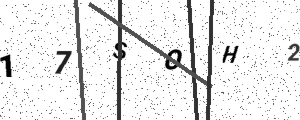
Text: 17SOH2